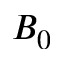
B _ { 0 }